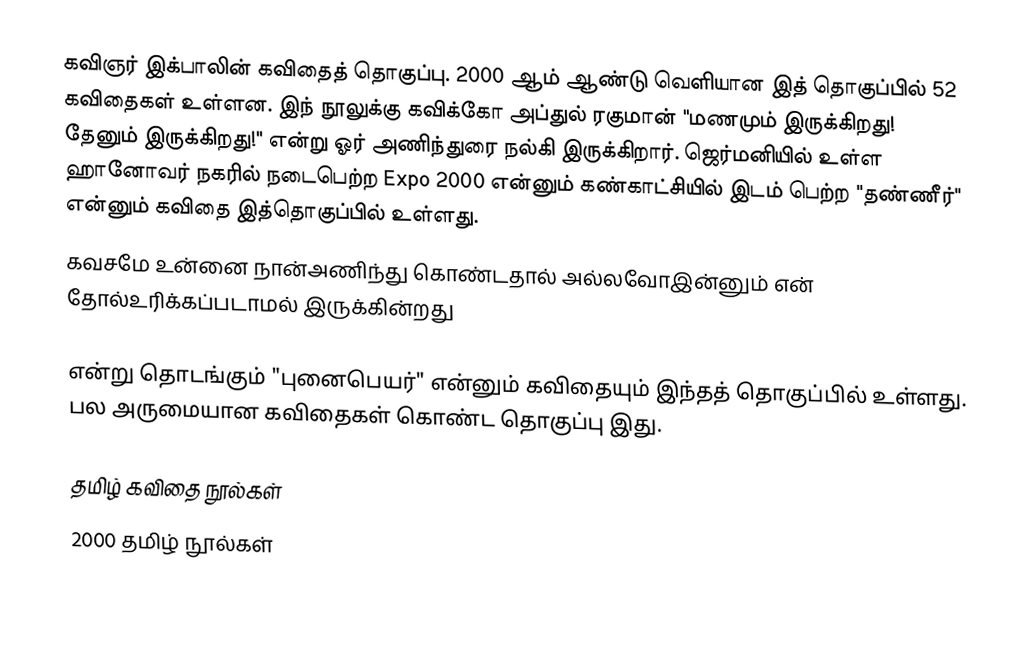
கவிஞர் இக்பாலின் கவிதைத் தொகுப்பு. 2000 ஆம் ஆண்டு வெளியான இத் தொகுப்பில் 52 கவிதைகள் உள்ளன. இந் நூலுக்கு கவிக்கோ அப்துல் ரகுமான் "மணமும் இருக்கிறது! தேனும் இருக்கிறது!" என்று ஓர் அணிந்துரை நல்கி இருக்கிறார். ஜெர்மனியில் உள்ள ஹானோவர் நகரில் நடைபெற்ற Expo 2000 என்னும் கண்காட்சியில் இடம் பெற்ற "தண்ணீர்" என்னும் கவிதை இத்தொகுப்பில் உள்ளது.
கவசமே உன்னை நான்அணிந்து கொண்டதால் அல்லவோஇன்னும் என் தோல்உரிக்கப்படாமல் இருக்கின்றது

என்று தொடங்கும் "புனைபெயர்" என்னும் கவிதையும் இந்தத் தொகுப்பில் உள்ளது. பல அருமையான கவிதைகள் கொண்ட தொகுப்பு இது.

தமிழ் கவிதை நூல்கள்
2000 தமிழ் நூல்கள்